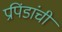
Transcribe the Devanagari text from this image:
प्रपिंडांची